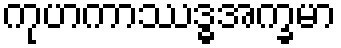
ကုဟကာဿဒ္ဓအက္ခမာ